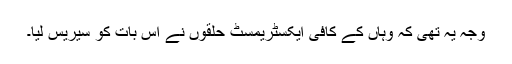
وجہ یہ تھی کہ وہاں کے کافی ایکسٹریمسٹ حلقوں نے اس بات کو سیریس لیا۔